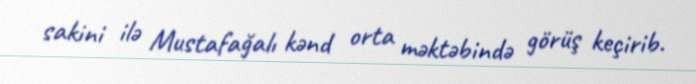
sakini ilə Mustafağalı kənd orta məktəbində görüş keçirib.